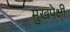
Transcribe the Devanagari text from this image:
मुखपेक्षी